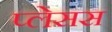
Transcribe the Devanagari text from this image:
प्लेसस